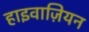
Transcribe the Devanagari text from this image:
हाइवाज़ियन